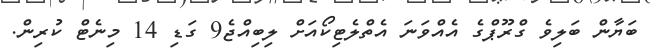
ބަޔާން ބަލިވެ ގްރޫޕްގެ އެއްވަނަ އެތްލެޓިކޯއަށް ލިބިއްޖެ9 ގަޑި 14 މިނެޓް ކުރިން.